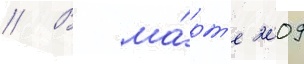
// В ма́рт'е 2009